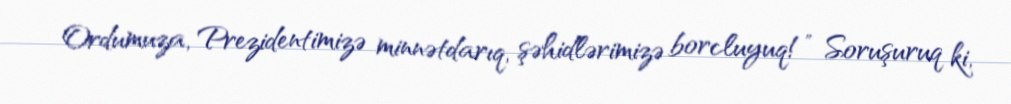
Ordumuza, Prezidentimizə minnətdarıq, şəhidlərimizə borcluyuq!” Soruşuruq ki,